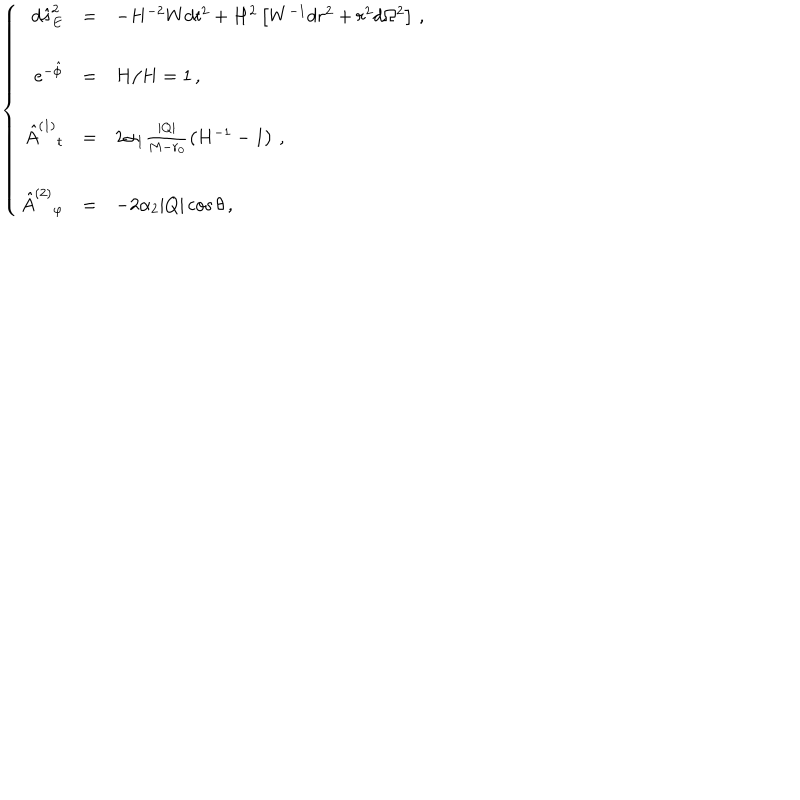
\left\{ \begin{array} { r c l } { { d \hat { s } _ { E } ^ { 2 } } } & { { = } } & { { - H ^ { - 2 } W d t ^ { 2 } + H ^ { 2 } \left[ W ^ { - 1 } d r ^ { 2 } + r ^ { 2 } d \Omega ^ { 2 } \right] \, , } } \\ { { } } & { { } } & { { } } \\ { { e ^ { - \hat { \phi } } } } & { { = } } & { { H / H = 1 \, , } } \\ { { } } & { { } } & { { } } \\ { { \hat { A } ^ { ( 1 ) } { } _ { t } } } & { { = } } & { { 2 \alpha _ { 1 } \frac { | Q | } { M - r _ { 0 } } \left( H ^ { - 1 } - 1 \right) \, , } } \\ { { } } & { { } } & { { } } \\ { { \hat { A } ^ { ( 2 ) } { } _ { \varphi } } } & { { = } } & { { - 2 \alpha _ { 2 } | Q | \cos \theta \, , } } \\ \end{array} \right.